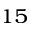
^ { 1 5 }